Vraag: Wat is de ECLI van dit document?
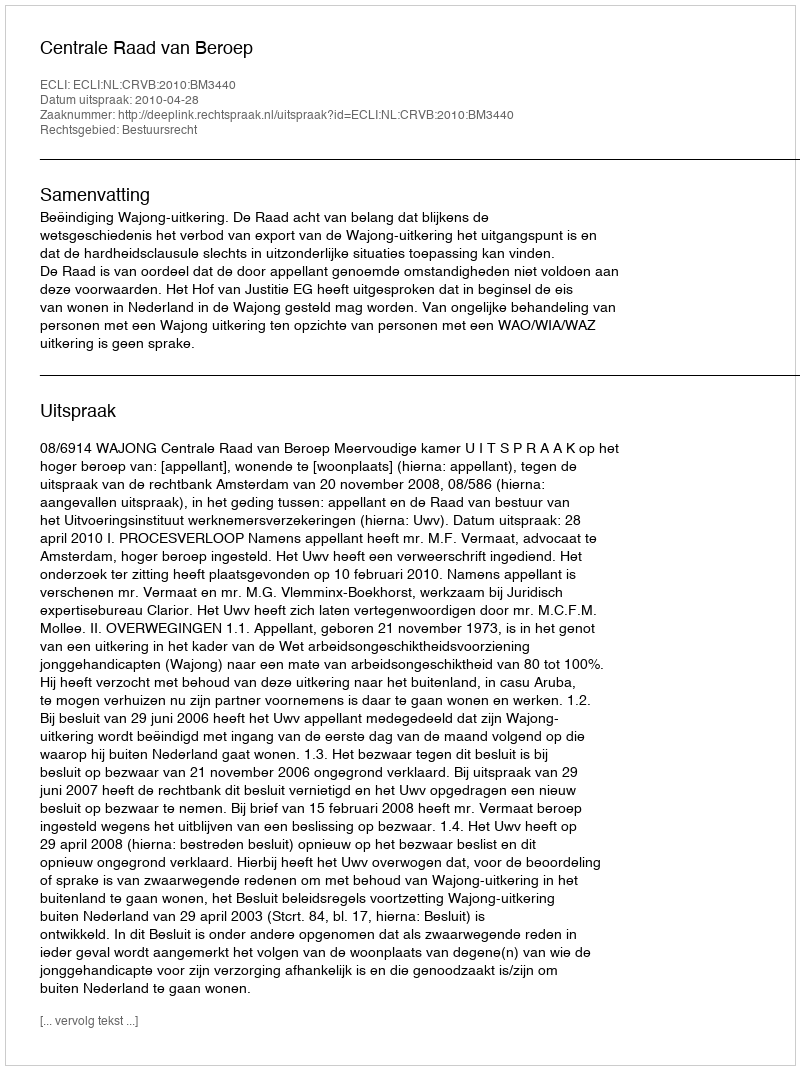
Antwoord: ECLI:NL:CRVB:2010:BM3440